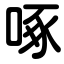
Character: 啄